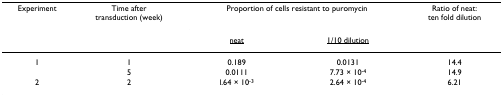
<table><thead><tr><td><b>Experiment</b></td><td><b>Time after transduction (week)</b></td><td colspan="2"><b>Proportion of cells resistant to puromycin</b></td><td><b>Ratio of neat: ten fold dilution</b></td></tr><tr><td></td><td></td><td><b><underline>neat</underline></b></td><td><b><underline>1/10 dilution</underline></b></td><td></td></tr></thead><tbody><tr><td>1</td><td>1</td><td>0.189</td><td>0.0131</td><td>14.4</td></tr><tr><td></td><td>5</td><td>0.0111</td><td>7.73 × 10<sup>-4</sup></td><td>14.9</td></tr><tr><td>2</td><td>2</td><td>l.64 × 10<sup>-3</sup></td><td>2.64 × 10<sup>-4</sup></td><td>6.21</td></tr></tbody></table>